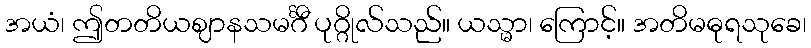
အယံ၊ ဤတတိယဈာနသမင်္ဂီ ပုဂ္ဂိုလ်သည်။ ယသ္မာ၊ ကြောင့်။ အတိမဓုရသုခေ၊